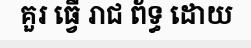
គួរ ធ្វើ រាជ ព័ទ្ធ ដោយ